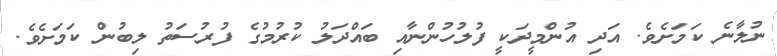
ނުލާނެ ކަމަށެވެ. އަދި އުންމީދަކީ ފުލުހުންނާއި ބައްދަލު ކުރުމުގެ ފުުރުސަތު ލިބުން ކަމަށެވެ.